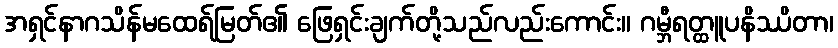
အရှင်နာဂသိန်မထေရ်မြတ်၏ ဖြေရှင်းချက်တို့သည်လည်းကောင်း။ ဂမ္ဘီရတ္ထူပနိဿိတာ၊